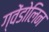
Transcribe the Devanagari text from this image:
ग्वेंडोलिन